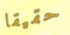
حقيقا